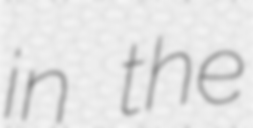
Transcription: in the